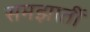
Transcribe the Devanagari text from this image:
समझातीं